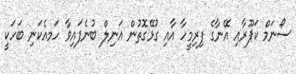
ސޯނަމް ކަޕޫރާއި އޭނާގެ ފިރިމީހާ އާއި ގުޅޭގޮތުން އަނިލް ބުނެފައިވާ ހަމއެކަނި ބަހަކީ